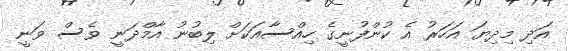
އަދި މިދިޔަ އަހަރު އެ ކުންފުނީގެ ހިއްސާއަކަށް ލިބުނު އާމްދަނީ ވެސް ވަނީ